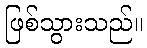
ဖြစ်သွားသည်။